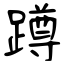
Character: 蹲